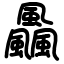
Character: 飍